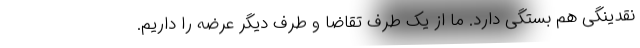
نقدینگی هم بستگی دارد. ما از یک طرف تقاضا و طرف دیگر عرضه را داریم.